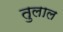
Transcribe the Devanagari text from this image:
तुलाल